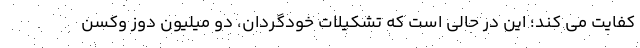
کفایت می کند؛ این در حالی است که تشکیلات خودگردان، دو میلیون دوز وکسن